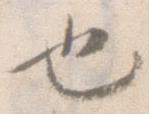
也